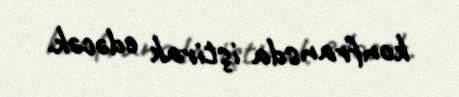
konfransda iştirak edəcək.